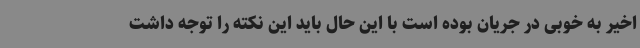
اخیر به خوبی در جریان بوده است با این حال باید این نکته را توجه داشت